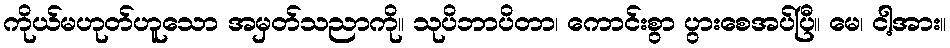
ကိုယ်မဟုတ်ဟူသော အမှတ်သညာကို။ သုပိဘာပိတာ၊ ကောင်းစွာ ပွားစေအပ်ပြီ။ မေ၊ ငါ့အား။